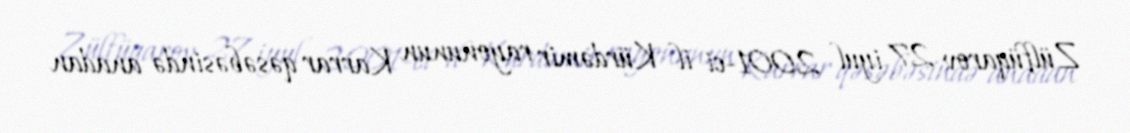
Zülfüqarov 27 iyul 2001-ci il Kürdəmir rayonunun Karrar qəsəbəsində anadan